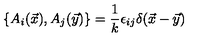
\{ A _ { i } ( \vec { x } ) , A _ { j } ( \vec { y } ) \} = \frac { 1 } { k } \epsilon _ { i j } \delta ( \vec { x } - \vec { y } )